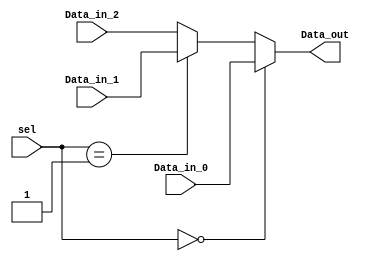
`timescale 1ns / 1ps
//////////////////////////////////////////////////////////////////////////////////
// Company: 
// Engineer: 
// 
// Design Name: 
// Module Name:    MUX_DST_2_1 
// Project Name: 
// Target Devices: 
// Tool versions: 
// Description: 
//
// Dependencies: 
//
// Revision: 
// Revision 0.01 - File Created
// Additional Comments: 
//
//////////////////////////////////////////////////////////////////////////////////
module MUX_DST_3_1(
    
    Data_in_0,
    Data_in_1,
    Data_in_2,
    sel,
    Data_out
    
    );
	input[4:0] Data_in_0;
	input[4:0] Data_in_1;
	input[4:0] Data_in_2;
   input [1:0]sel;
   output[4:0] Data_out;
   reg[4:0] Data_out;
	always @(Data_in_0,Data_in_1,Data_in_2,sel)
		begin
			if(sel == 0) 
					Data_out = Data_in_0;  //when select signal to the mux is low
			else if(sel ==1)
					Data_out = Data_in_1;  //when select signal to the mux is high
			else
					Data_out = Data_in_2; 
		end
    
endmodule